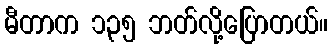
မီတာက ၁၃၅ ဘတ်လို့ပြောတယ်။